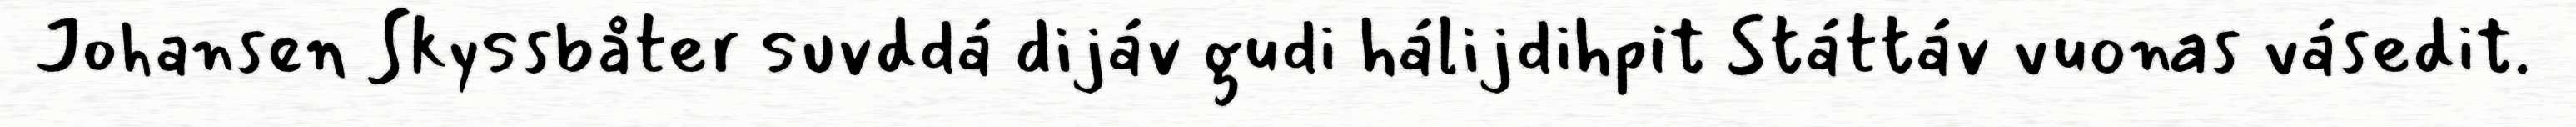
Johansen Skyssbåter suvddá dijáv gudi hálijdihpit Státtáv vuonas vásedit.